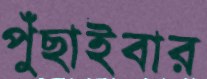
পুঁছাইবার